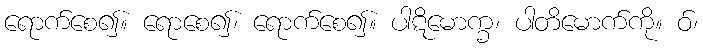
ရောက်စေ၍။ ရောစေ၍၊ ရောက်စေ၍။ ပါဋိမောက္ခ၊ ပါတိမောက်ကို။ ဝ်၊